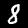
Digit: 8